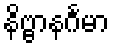
နိဗ္ဗာနင်္ဂမာ